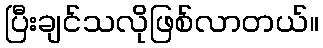
ပြီးချင်သလိုဖြစ်လာတယ်။